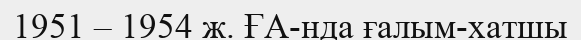
1951 – 1954 ж. ҒА-нда ғалым-хатшы